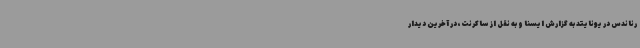
رناندس در یونایتد به گزارش ایسنا و به نقل از ساکرنت، در آخرین دیدار